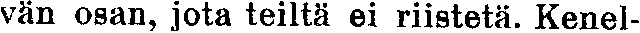
vän osan, jota teiltä ei riistetä. Kenel-